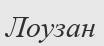
Лоузан